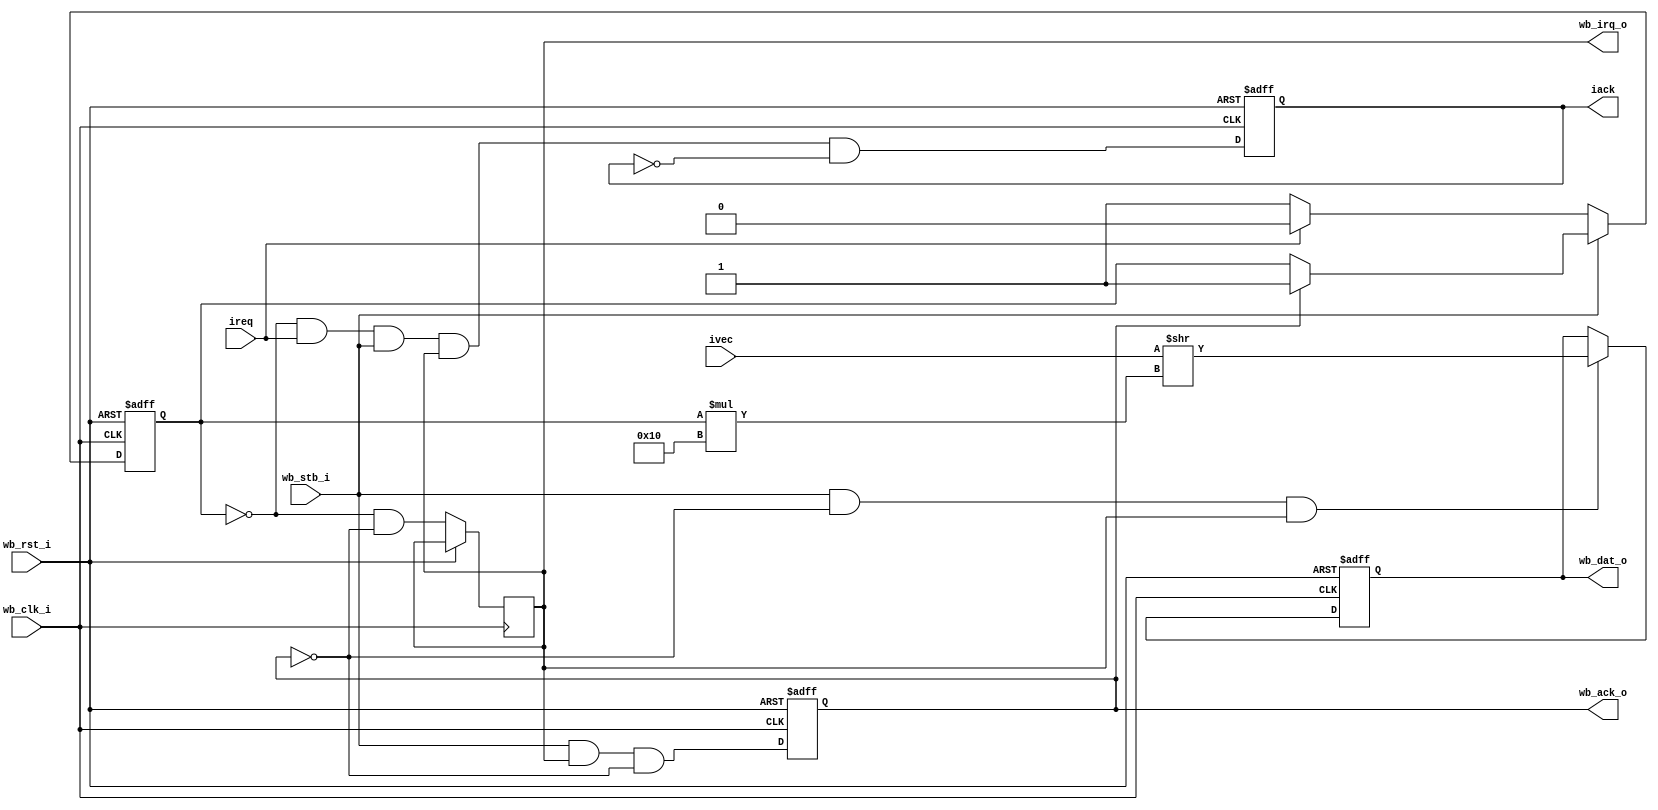
//******************************************************  
//*   
//******************************************************  

module wbc_vic 
#(parameter N=1)      //  
(
   input                wb_clk_i,   // system clock
   input                wb_rst_i,   // peripheral reset
   output reg           wb_irq_o,   //    
   output reg  [15:0]   wb_dat_o,   //       
   input                wb_stb_i,   //      
   output reg           wb_ack_o,   //    
                                    //
   input    [N*16-1:0]  ivec,       //    
   input       [N-1:0]  ireq,       //   
   output reg  [N-1:0]  iack        //   
);
localparam W = log2(N); //      

reg   [W-1:0] nvec; //     ,  0    .
integer i;

always @(posedge wb_clk_i or posedge wb_rst_i)
begin
   if (wb_rst_i)
   begin
      //  
      wb_ack_o <= 1'b0;
      wb_dat_o <= 16'O000000;
      iack     <= 0;
      nvec     <= {(W){1'b1}};  // nvec     
   end
   else
   //    
   begin
      //     
      wb_ack_o <= wb_stb_i &  //      
                  wb_irq_o &  //     
                 ~wb_ack_o;   //         -   

      //             
      wb_irq_o <= ~(&nvec) &  //    
                  ~wb_ack_o;  //      

      //          
      for (i=N-1; i>=0; i=i-1)
         iack[i] <= 
            (nvec == i)    //     
             & ireq[i]     //     
             & wb_stb_i    //     -    
             & wb_irq_o    //       
             & ~iack[i];   //       - 

      //    
      if (wb_stb_i & ~wb_ack_o & wb_irq_o) //         
            //   
            wb_dat_o <= trunc_w16(ivec >> (nvec*16));

      if (~wb_stb_i)
      begin
         nvec <= {(W){1'b1}};
         for (i=N-1; i>=0; i=i-1)
            if (ireq[i]) nvec <= trunc_int(i);
      end
      else
         if (wb_ack_o) nvec <= {(W){1'b1}};
   end
end

function integer log2(input integer value);
   for (log2=0; value>0; log2=log2+1)
      value = value >> 1;
endfunction

function [15:0] trunc_w16(input [N*16-1:0] value);
   trunc_w16 = value[15:0];
endfunction

function [W-1:0] trunc_int(input integer value);
   trunc_int = value[W-1:0];
endfunction
endmodule